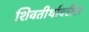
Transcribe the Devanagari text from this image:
शिवतीर्थावरील